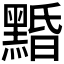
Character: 𪑕